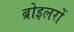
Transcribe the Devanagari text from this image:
ब्रोइलरों